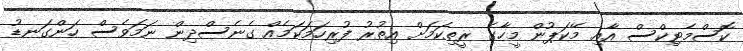
ކޮސްމެޓިކްސް އާއި މޭކަޕުން މީހާގެ ރީތިކަމަށް އިތުރު ފުރިހަމަކަމެއް ގެނެސްދިން ނަމަވެސް ހަންގަނޑު